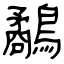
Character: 鷸